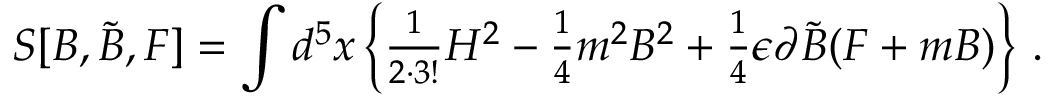
S [ B , \tilde { B } , F ] = \int d ^ { 5 } x \left\{ { \textstyle \frac { 1 } { 2 \cdot 3 ! } } H ^ { 2 } - { \textstyle \frac { 1 } { 4 } } m ^ { 2 } B ^ { 2 } + { \textstyle \frac { 1 } { 4 } } \epsilon \partial \tilde { B } ( F + m B ) \right\} \, .